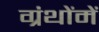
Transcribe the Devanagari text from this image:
ग्रंथोंमें